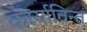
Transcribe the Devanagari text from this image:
कार्याविन्त